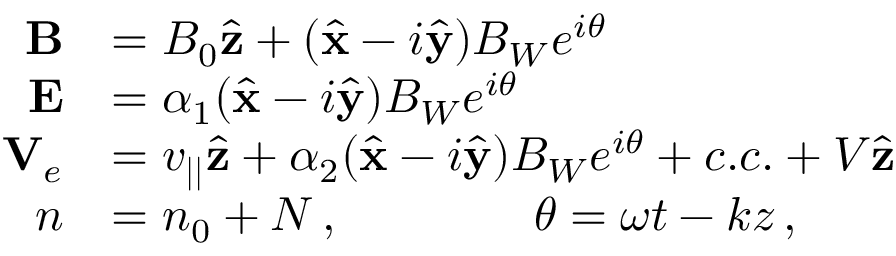
\begin{array} { r l } { { \bf B } } & { = B _ { 0 } \hat { \bf z } + ( \hat { \bf x } - i \hat { \bf y } ) B _ { W } e ^ { i \theta } } \\ { { \bf E } } & { = \alpha _ { 1 } ( \hat { \bf x } - i \hat { \bf y } ) B _ { W } e ^ { i \theta } } \\ { { \bf V } _ { e } } & { = v _ { | | } \hat { \bf z } + \alpha _ { 2 } ( \hat { \bf x } - i \hat { \bf y } ) B _ { W } e ^ { i \theta } + c . c . + V \hat { \bf z } } \\ { n } & { = n _ { 0 } + N \, , \qquad \qquad \theta = \omega t - k z \, , } \end{array}